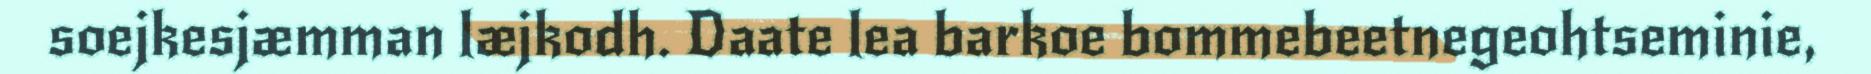
soejkesjæmman læjkodh. Daate lea barkoe bommebeetnegeohtseminie,